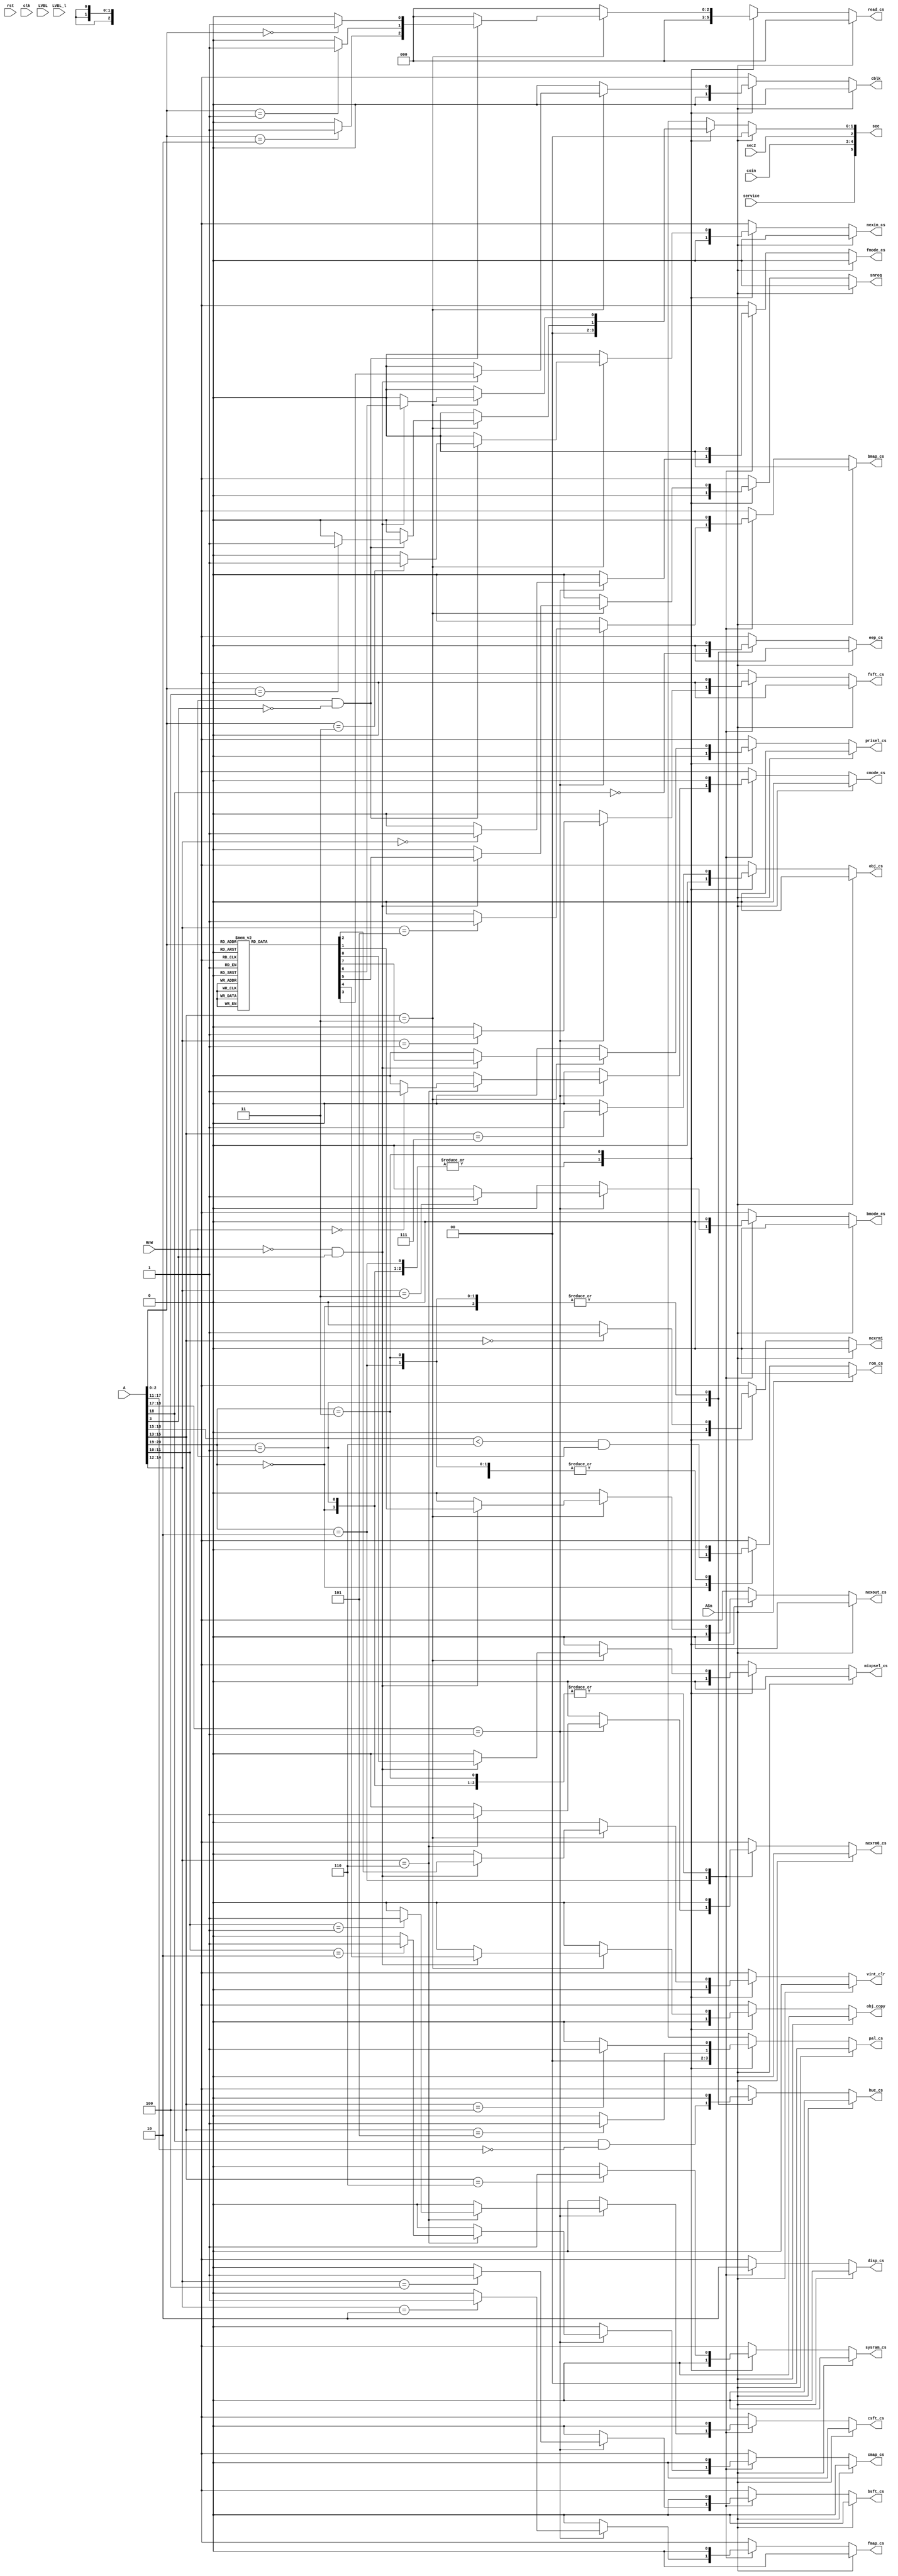
/*  This file is part of JTCORES.
    JTCORES program is free software: you can redistribute it and/or modify
    it under the terms of the GNU General Public License as published by
    the Free Software Foundation, either version 3 of the License, or
    (at your option) any later version.

    JTCORES program is distributed in the hope that it will be useful,
    but WITHOUT ANY WARRANTY; without even the implied warranty of
    MERCHANTABILITY or FITNESS FOR A PARTICULAR PURPOSE.  See the
    GNU General Public License for more details.

    You should have received a copy of the GNU General Public License
    along with JTCORES.  If not, see <http://www.gnu.org/licenses/>.

    Author: Jose Tejada Gomez. Twitter: @topapate
    Version: 1.0
    Date: 24-9-2021 */

module jtcop_decoder(
    input              rst,
    input              clk,
    input       [23:1] A,
    input              ASn,
    input              RnW,
    input              LVBL,
    input              LVBL_l,
    input              sec2,
    input              service,
    input       [ 1:0] coin,
    output reg         rom_cs,
    output reg         eep_cs,
    output reg         prisel_cs,
    output reg         mixpsel_cs,
    output reg         nexin_cs,       // this pin C15 of connector 2. It's unconnected in all games
    output reg         nexout_cs,      // Connector 2, pin A16: unused
    output reg         nexrm1,         // used on Heavy Barrel PCB for the track balls
    output reg         disp_cs,
    output reg         sysram_cs,
    output reg         vint_clr,
    output reg         cblk,
    output reg  [ 2:0] read_cs,
    // BAC06 chips
    output reg         fmode_cs,
    output reg         fsft_cs,
    output reg         fmap_cs,
    output reg         bmode_cs,
    output reg         bsft_cs,
    output reg         bmap_cs,
    output reg         nexrm0_cs,
    output reg         cmode_cs,
    output reg         csft_cs,
    output reg         cmap_cs,
    // Object
    output reg         obj_cs,       // called MIX in the schematics
    output reg         obj_copy,     // called *DM in the schematics
    // Palette
    output reg [ 1:0]  pal_cs,
    // HuC6820 protection
    output reg         huc_cs,      // shared memory with HuC6820
    // sound
    output reg         snreq,
    // MCU/SUB CPU
    output reg [5:0]   sec          // bit 2 is unused
);

always @(*) begin
    rom_cs     = 0;
    eep_cs     = 0;
    // fist BAC06 chip
    fmode_cs   = 0;
    fsft_cs    = 0;
    fmap_cs    = 0;
    // second BAC06 chip
    bmode_cs   = 0;
    bsft_cs    = 0;
    bmap_cs    = 0;
    // third BAC06 chip
    nexrm0_cs  = 0;
    cmode_cs   = 0;
    csft_cs    = 0;
    cmap_cs    = 0;
    nexrm1     = 0;
    prisel_cs  = 0;
    obj_copy   = 0;
    snreq      = 0;
    vint_clr   = 0;
    mixpsel_cs = 0;
    cblk       = 0;
    nexout_cs  = 0;
    read_cs    = 0;
    nexin_cs   = 0;
    pal_cs     = 0;
    sysram_cs  = 0;
    obj_cs     = 0;
    sec[5:3]   = { service, coin };
    sec[2]     = sec2;
    sec[1:0]   = 0;
    disp_cs    = 0;
    huc_cs     = 0;

    if( !ASn ) begin
        case( A[21:20] )
            0: rom_cs = A[19:16]<6 && RnW;
            1: begin
                eep_cs = ~A[19]; // connects to an EEPROM, but it isn't on the PCB
            `ifndef NOHUC
                huc_cs = A[19] && A[18:12]==0;
            `endif
            end
            2: begin
                disp_cs = 1;
                if( A[19:18]==2'b01 ) begin // 0x24'???? DSP - DiSPlay (?)
                    case( A[15:13] )
                        0: fmode_cs  = 1;   // 0x24'0000, cfg registers
                        1: fsft_cs   = 1;   // 0x24'2000, col/row scroll
                        2: fmap_cs   = 1;   // 0x24'4000, tilemap
                        3: bmode_cs  = 1;   // 0x24'6000, cfg registers
                        4: bsft_cs   = 1;   // 0x24'8000, col/row scroll
                        5: bmap_cs   = 1;   // 0x24'a000, tilemap
                        6: begin
                            nexrm0_cs = 1; // BAC06 chip on second PCB
                            case( A[12:11])
                                0: cmode_cs = 1; // these signals could go
                                1: csft_cs  = 1; // in a different order
                                2: cmap_cs  = 1;
                                default:;
                            endcase
                        end
                        default:;
                    endcase
                end
            end
            3: begin // RAMIO
                case( A[16:14] ) // 0x3?'????
                    0: nexrm1 = 1;
                    3: begin // 0x30'C0?0
                        if( RnW && !A[4] ) begin // 0x30'C000
                            case( A[3:1] )
                                0: read_cs[0] = 1; // cabinet IO
                                1: read_cs[1] = 1;
                                2: read_cs[2] = 1;
                                3: nexin_cs   = 1;
                                4: sec[1]     = 1;
                                default:;
                            endcase
                        end
                        if( !RnW && A[4] ) begin // 0x30'C010
                            case( A[3:1] )
                                0: prisel_cs  = 1;
                                1: obj_copy   = 1;
                                2: snreq      = 1;
                                3: sec[0]     = 1;
                                4: vint_clr   = 1;
                                5: mixpsel_cs = 1;
                                6: cblk       = 1; // coin block, unused
                                7: nexout_cs  = 1;
                            endcase
                        end
                    end
                    4: pal_cs[0] = 1; // 0x31'0000 called PSEL in the schematics
                    5: pal_cs[1] = 1; // 0x31'4000
                    6: sysram_cs = 1;   // 0x31'8000
                    7: obj_cs    = 1;   // 0x31'C000 sprites
                    default:;
                endcase
            end
        endcase
    end
end

endmodule